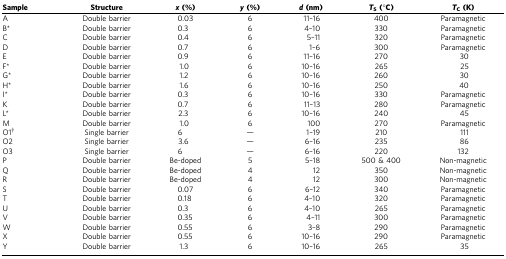
<table><thead><tr><td><b>Sample</b></td><td><b>Structure</b></td><td><b><i>x</i>(%)</b></td><td><b><i>y</i>(%)</b></td><td><b><i>d</i>(nm)</b></td><td><b><i>T</i><sub>S</sub>(°C)</b></td><td><b><i>T</i><sub>C</sub>(K)</b></td></tr></thead><tbody><tr><td>A</td><td>Double barrier</td><td>0.03</td><td>6</td><td>11–16</td><td>400</td><td>Paramagnetic</td></tr><tr><td>B*</td><td>Double barrier</td><td>0.3</td><td>6</td><td>4–10</td><td>330</td><td>Paramagnetic</td></tr><tr><td>C</td><td>Double barrier</td><td>0.4</td><td>6</td><td>5–11</td><td>320</td><td>Paramagnetic</td></tr><tr><td>D</td><td>Double barrier</td><td>0.7</td><td>6</td><td>1–6</td><td>300</td><td>Paramagnetic</td></tr><tr><td>E</td><td>Double barrier</td><td>0.9</td><td>6</td><td>11–16</td><td>270</td><td>30</td></tr><tr><td>F*</td><td>Double barrier</td><td>1.0</td><td>6</td><td>10–16</td><td>265</td><td>25</td></tr><tr><td>G*</td><td>Double barrier</td><td>1.2</td><td>6</td><td>10–16</td><td>260</td><td>30</td></tr><tr><td>H*</td><td>Double barrier</td><td>1.6</td><td>6</td><td>10–16</td><td>250</td><td>40</td></tr><tr><td>I*</td><td>Double barrier</td><td>0.3</td><td>6</td><td>10–16</td><td>330</td><td>Paramagnetic</td></tr><tr><td>K</td><td>Double barrier</td><td>0.7</td><td>6</td><td>11–13</td><td>280</td><td>Paramagnetic</td></tr><tr><td>L*</td><td>Double barrier</td><td>2.3</td><td>6</td><td>10–16</td><td>240</td><td>45</td></tr><tr><td>M</td><td>Double barrier</td><td>1.0</td><td>6</td><td>100</td><td>270</td><td>Paramagnetic</td></tr><tr><td>O1<sup>†</sup></td><td>Single barrier</td><td>6</td><td>—</td><td>1–19</td><td>210</td><td>111</td></tr><tr><td>O2</td><td>Single barrier</td><td>3.6</td><td>—</td><td>6–16</td><td>235</td><td>86</td></tr><tr><td>O3</td><td>Single barrier</td><td>6</td><td>—</td><td>6–16</td><td>220</td><td>132</td></tr><tr><td>P</td><td>Double barrier</td><td>Be-doped</td><td>5</td><td>5–18</td><td>500 &amp; 400</td><td>Non-magnetic</td></tr><tr><td>Q</td><td>Double barrier</td><td>Be-doped</td><td>4</td><td>12</td><td>350</td><td>Non-magnetic</td></tr><tr><td>R</td><td>Double barrier</td><td>Be-doped</td><td>4</td><td>12</td><td>300</td><td>Non-magnetic</td></tr><tr><td>S</td><td>Double barrier</td><td>0.07</td><td>6</td><td>6–12</td><td>340</td><td>Paramagnetic</td></tr><tr><td>T</td><td>Double barrier</td><td>0.18</td><td>6</td><td>4–10</td><td>320</td><td>Paramagnetic</td></tr><tr><td>U</td><td>Double barrier</td><td>0.3</td><td>6</td><td>4–10</td><td>265</td><td>Paramagnetic</td></tr><tr><td>V</td><td>Double barrier</td><td>0.35</td><td>6</td><td>4–11</td><td>300</td><td>Paramagnetic</td></tr><tr><td>W</td><td>Double barrier</td><td>0.55</td><td>6</td><td>3–8</td><td>290</td><td>Paramagnetic</td></tr><tr><td>X</td><td>Double barrier</td><td>0.55</td><td>6</td><td>10–16</td><td>290</td><td>Paramagnetic</td></tr><tr><td>Y</td><td>Double barrier</td><td>1.3</td><td>6</td><td>10–16</td><td>265</td><td>35</td></tr></tbody></table>